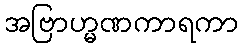
အဗြာဟ္မဏကာရကာ